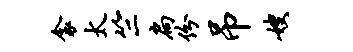
衾太竺扃份吊嫂